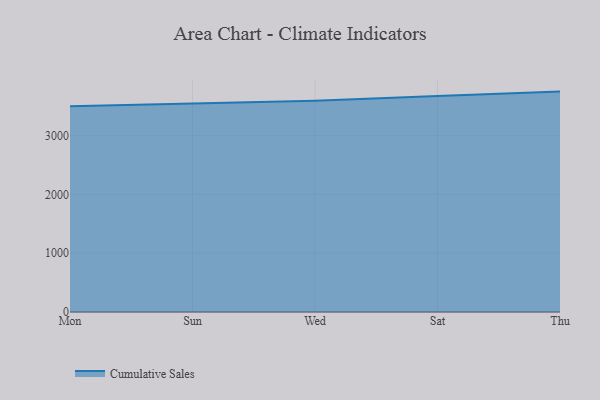
{"axis": {"x": "Day", "y": "Net Income (USD K)"}, "legend": ["Cumulative Sales"], "data": [{"x": "Mon", "y": 3502.6, "type": "Cumulative Sales"}, {"x": "Sun", "y": 3549.3, "type": "Cumulative Sales"}, {"x": "Wed", "y": 3595.0, "type": "Cumulative Sales"}, {"x": "Sat", "y": 3674.4, "type": "Cumulative Sales"}, {"x": "Thu", "y": 3749.9, "type": "Cumulative Sales"}]}